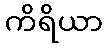
ကိရိယာ